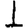
Digit: 1